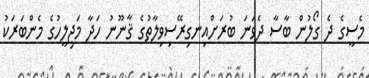
މެސީގެ ދެ ގޯލުން ބާސާ ދެވަނަ ބުރަށްއިނގިރޭސިވިލާތުގެ ޤާނޫނު ހަދާ މަޖިލީހުގެ މެންބަރަކު